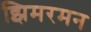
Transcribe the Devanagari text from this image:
झिमरमन